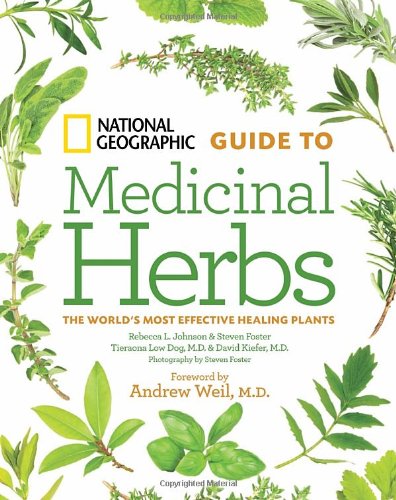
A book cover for National Geographic Guide to Medicinal Herbs: The World's Most Effective Healing Plants; Tieraona Low Dog M.D.; Health, Fitness & Dieting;